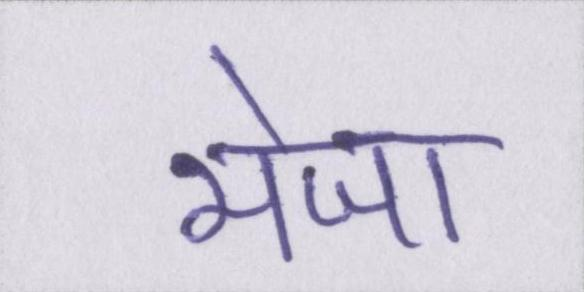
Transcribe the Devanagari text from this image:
भेजा